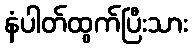
နံပါတ်ထွက်ပြီးသား